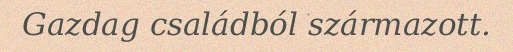
Gazdag családból származott.